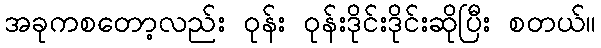
အခုကစတော့လည်း ဝုန်း ဝုန်းဒိုင်းဒိုင်းဆိုပြီး စတယ်။